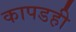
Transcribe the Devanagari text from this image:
कापडही